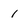
Character: 1